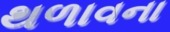
થળાવના